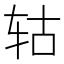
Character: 轱